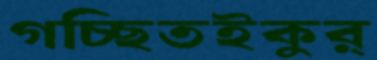
গচ্ছিতইকুর্